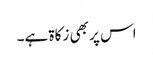
اس پر بھی زکاۃ ہے۔